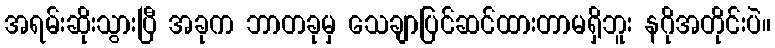
အရမ်းဆိုးသွားပြီ အခုက ဘာတခုမှ သေချာပြင်ဆင်ထားတာမရှိဘူး နဂိုအတိုင်းပဲ။